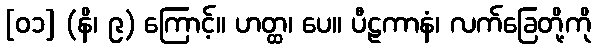
[၀၁] (နိ၊ ၉) ကြောင့်။ ဟတ္ထ၊ ပေ။ ပီဠကာနံ၊ လက်ခြေတို့ကို